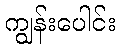
ကျွန်းပေါင်း